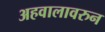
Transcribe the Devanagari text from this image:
अहवालावरुन